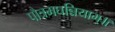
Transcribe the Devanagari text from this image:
पौत्रमघन्नियाम्॥